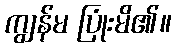
ကျွန်မ ပြုံးမိ၏။